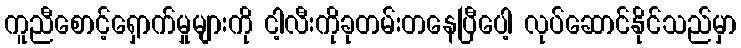
ကူညီစောင့်ရှောက်မှုများကို ငါ့လီးကိုခုတမ်းတနေပြီပေါ့ လုပ်ဆောင်နိုင်သည်မှာ